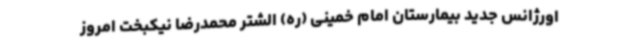
اورژانس جدید بیمارستان امام خمینی (ره) الشتر محمدرضا نیکبخت امروز